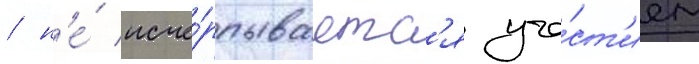
/ н'е́ исче́рпываетс'я уча́ст'ием